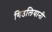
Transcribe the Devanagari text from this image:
गिउलियानी